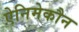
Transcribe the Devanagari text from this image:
ऐनिमेकौन